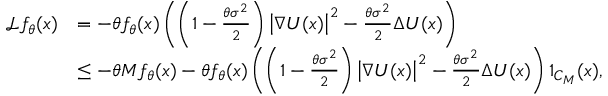
\begin{array} { r l } { \mathcal { L } f _ { \theta } ( x ) } & { = - \theta f _ { \theta } ( x ) \left( \left( 1 - \frac { \theta \sigma ^ { 2 } } { 2 } \right) \left| \nabla U ( x ) \right| ^ { 2 } - \frac { \theta \sigma ^ { 2 } } { 2 } \Delta U ( x ) \right) } \\ & { \le - \theta M f _ { \theta } ( x ) - \theta f _ { \theta } ( x ) \left( \left( 1 - \frac { \theta \sigma ^ { 2 } } { 2 } \right) \left| \nabla U ( x ) \right| ^ { 2 } - \frac { \theta \sigma ^ { 2 } } { 2 } \Delta U ( x ) \right) 1 _ { { \cal C } _ { M } } ( x ) , } \end{array}